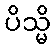
ပိသ္မိ